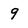
Character: 9